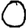
Digit: 0